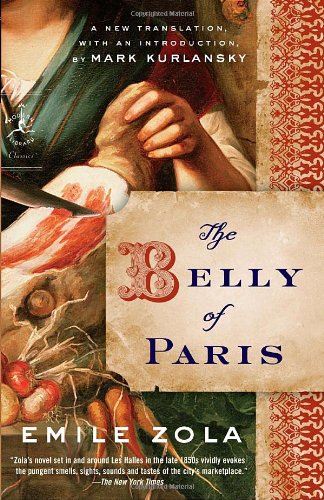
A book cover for The Belly of Paris (Modern Library Classics); Emile Zola; Literature & Fiction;